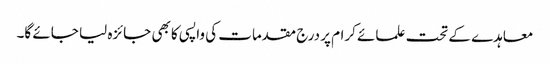
معاہدے کے تحت علمائے کرام پر درج مقدمات کی واپسی کا بھی جائزہ لیا جائے گا۔